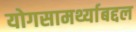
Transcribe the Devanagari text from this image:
योगसामर्थ्याबद्दल